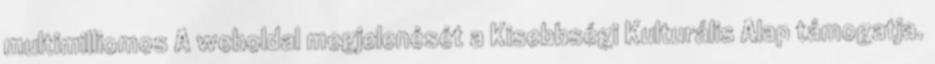
multimilliomos A weboldal megjelenését a Kisebbségi Kulturális Alap támogatja.